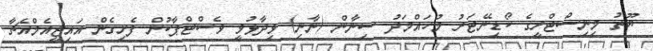
ޔޫތު މިނިސްޓްރީގެ ކޯޑިނޭޓަރު މުހައްމަދު ސިނާން (ނާނި) ވިދާޅުވީ ވެސްޓްޕާކުން ފެށިގެން އައިޖީއެމްއެޗާ